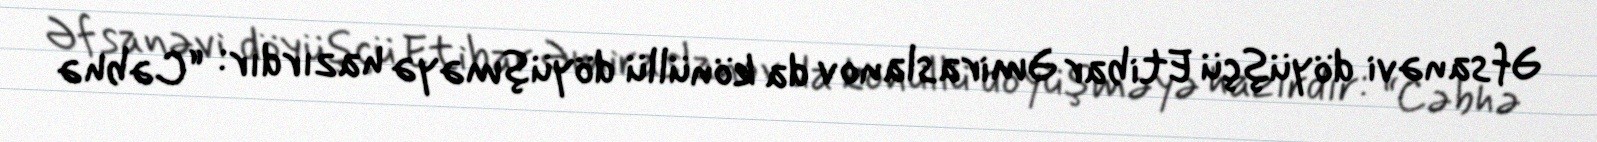
Əfsanəvi döyüşçü Etibar Əmiraslanov da könüllü döyüşməyə hazırdır: “Cəbhə